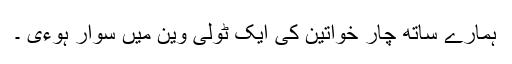
ہمارے ساتھ چار خواتین کی ایک ٹولی وین میں سوار ہوءی ۔